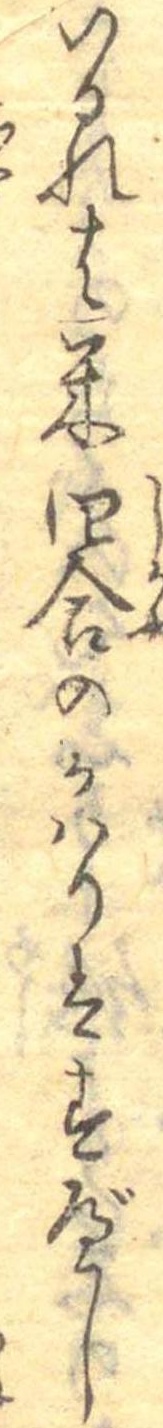
いるれは米四合のかはりはすべし